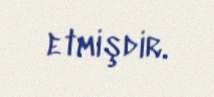
etmişdir.